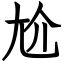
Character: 尬